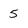
Character: 5